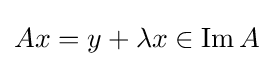
Ax=y+\lambda x\in \operatorname {Im} A